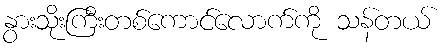
နွားသိုးကြီးတစ်ကောင်လောက်ကို သန်တယ်